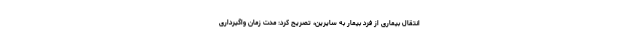
انتقال بیماری از فرد بیمار به سایرین‌، تصریح کرد: مدت زمان واگیرداری